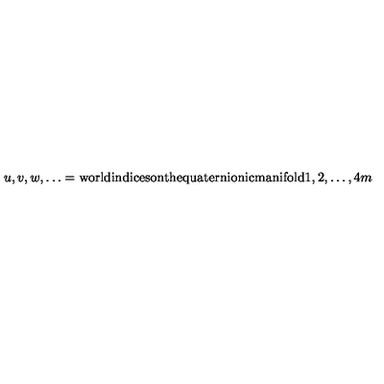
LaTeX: u , v , w , \dots = \mathrm { w o r l d i n d i c e s o n t h e q u a t e r n i o n i c m a n i f o l d } 1 , 2 , \dots , 4 m